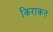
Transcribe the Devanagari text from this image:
किराकत